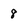
Character: 8